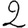
Digit: 2